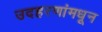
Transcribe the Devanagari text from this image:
उदहरणांमधून